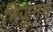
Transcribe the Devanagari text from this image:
भिजूनच